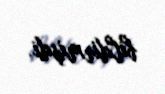
bildirmişdi.